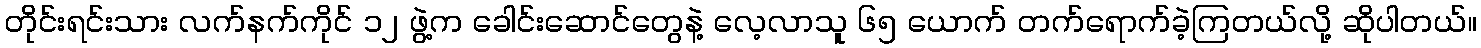
တိုင်းရင်းသား လက်နက်ကိုင် ၁၂ ဖွဲ့က ခေါင်းဆောင်တွေနဲ့ လေ့လာသူ ၆၅ ယောက် တက်ရောက်ခဲ့ကြတယ်လို့ ဆိုပါတယ်။